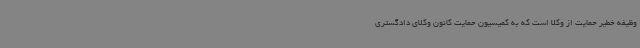
وظیفه خطیر حمایت از وکلا است که به کمیسیون حمایت کانون وکلای دادگستری